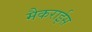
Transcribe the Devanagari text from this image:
मैकराईस